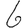
Digit: 6